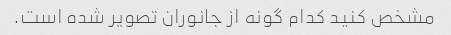
مشخص کنید کدام گونه از جانوران تصویر شده است.